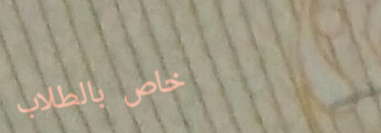
خاص بالطلاب